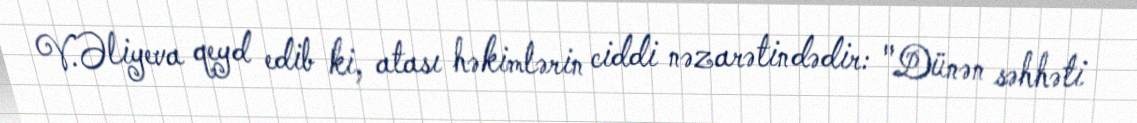
V.Əliyeva qeyd edib ki, atası həkimlərin ciddi nəzarətindədir: "Dünən səhhəti